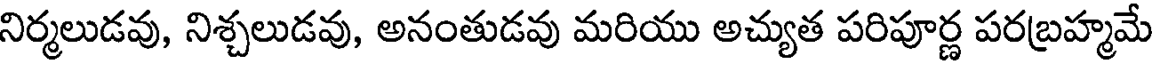
నిర్మలుడవు, నిశ్చలుడవు, అనంతుడవు మరియు అచ్యుత పరిపూర్ణ పరబ్రహ్మమే